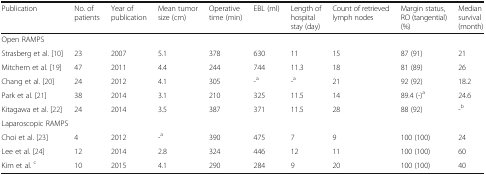
| Publication | No. of patients | Year of publication | Mean tumor size (cm) | Operative time (min) | EBL (ml) | Length of hospital stay (day) | Count of retrieved lymph nodes | Margin status, RO (tangential) (%) | Median survival (month) |
 | --- | --- | --- | --- | --- | --- | --- | --- | --- | --- |
 | <COLSPAN=10> Open RAMPS |
 | Strasberg et al. [10] | 23 | 2007 | 5.1 | 378 | 630 | 11 | 15 | 87 (91) | 21 |
 | Mitchem et al. [19] | 47 | 2011 | 4.4 | 244 | 744 | 11.3 | 18 | 81 (89) | 26 |
 | Chang et al. [20] | 24 | 2012 | 4.1 | 305 | -a | -a | 21 | 92 (92) | 18.2 |
 | Park et al. [21] | 38 | 2014 | 3.1 | 210 | 325 | 11.5 | 14 | 89.4 (-)a | 24.6 |
 | Kitagawa et al. [22] | 24 | 2014 | 3.5 | 387 | 371 | 11.5 | 28 | 88 (92) | -b |
 | <COLSPAN=10> Laparoscopic RAMPS |
 | Choi et al. [23] | 4 | 2012 | -a | 390 | 475 | 7 | 9 | 100 (100) | 24 |
 | Lee et al. [24] | 12 | 2014 | 2.8 | 324 | 446 | 12 | 11 | 100 (100) | 60 |
 | Kim et al. c | 10 | 2015 | 4.1 | 290 | 284 | 9 | 20 | 100 (100) | 40 |